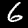
Digit: 6